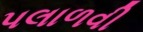
પલાળવી